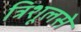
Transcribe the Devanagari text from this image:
त्रिशूलसे